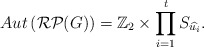
\begin{align*} Aut\left(\mathcal{RP}(G)\right)=\mathbb Z_2\times {\prod_{i=1}^{t}S_{\widehat{u_i}}}.\end{align*}